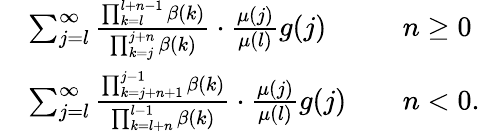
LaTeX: \begin{array}{rlrl}&{\sum_{j=l}^{\infty}\frac{\prod_{k=l}^{l+n-1}\beta(k)}{\prod_{k=j}^{j+n}\beta(k)}\cdot\frac{\mu(j)}{\mu(l)}g(j)}&&{n\ge 0}\\ &{\sum_{j=l}^{\infty}\frac{\prod_{k=j+n+1}^{j-1}\beta(k)}{\prod_{k=l+n}^{l-1}\beta(k)}\cdot\frac{\mu(j)}{\mu(l)}g(j)}&&{n<0.}\end{array}